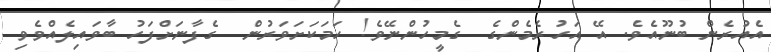
އެއުރެން ބުނޫއެވެ. އޭ އަހުރެމެންގެ  ގެމީހުންނޭވެ! ހަމަކަށަވަރުން  ގެފާނަށްފަހު ބާވައިލެއްވެވި